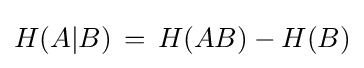
H(A|B)\,=\,H(AB)-H(B)